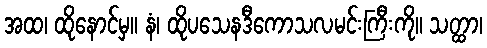
အထ၊ ထိုနောင်မှ။ နံ၊ ထိုပသေနဒီကောသလမင်းကြီးကို။ သတ္ထာ၊